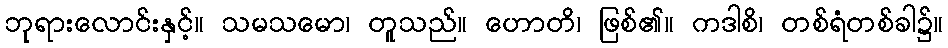
ဘုရားလောင်းနှင့်။ သမသမော၊ တူသည်။ ဟောတိ၊ ဖြစ်၏။ ကဒါစိ၊ တစ်ရံတစ်ခါ၌။